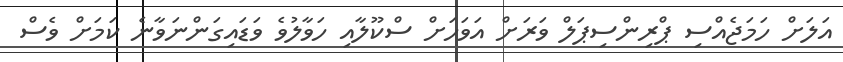
އަލަށް ހަމަޖެއްސި ޕްރިންސިޕަލް ވަރަށް އަވަހަށް ސްކޫލާއި ހަވާލުވެ ވަޑައިގަންނަވާނެ ކަމަށް ވެސް